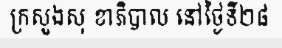
ក្រសួងសុ ខាភិបាល នៅថ្ងៃទី២៨